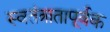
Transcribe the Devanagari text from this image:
स्वतंत्रातापूर्वक